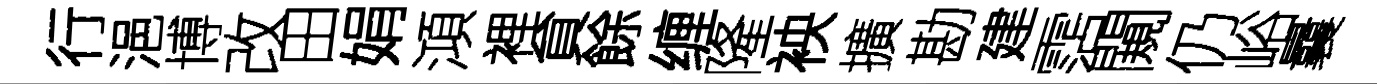
行浥博改田娟澒裡貟餘缠隆䘧擴勘建霑闚仍峪曩